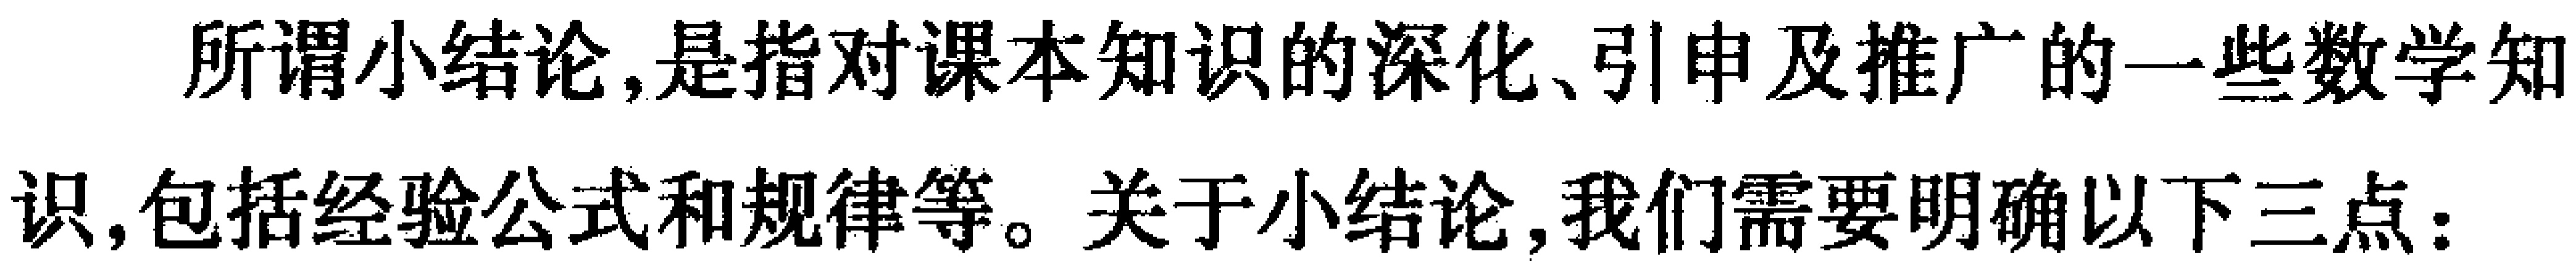
所谓小结论,是指对课本知识的深化、引申及推广的一些数学知识,包括经验公式和规律等。关于小结论,我们需要明确以下三点：